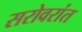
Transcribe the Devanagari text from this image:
सरोवरांत